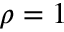
\rho = 1